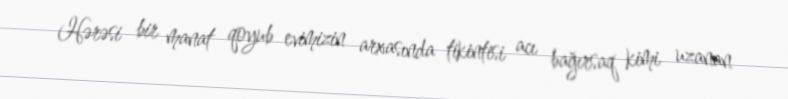
Hərəsi bir manat qoyub evimizin arxasında tikintisi acı bağırsaq kimi uzanan